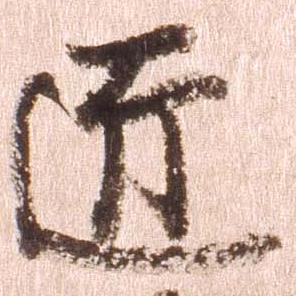
匠